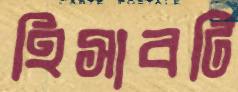
হিসাবটি